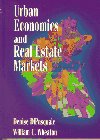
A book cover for Urban Economics and Real Estate Markets; Denise DiPasquale; Business & Money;